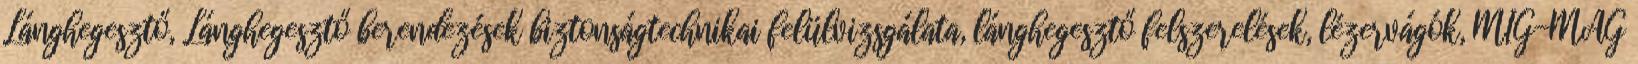
Lánghegesztő, Lánghegesztő berendezések biztonságtechnikai felülvizsgálata, lánghegesztő felszerelések, lézervágók, MIG-MAG